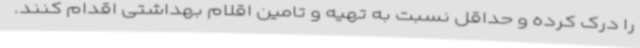
را درک کرده و حداقل نسبت به تهیه و تامین اقلام بهداشتی اقدام کنند.